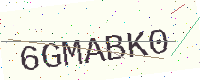
Text: 6GMABK0